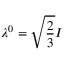
\lambda ^ { 0 } = \sqrt { \frac { 2 } { 3 } } I